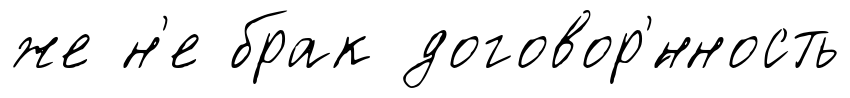
же н'е брак договор'́нность